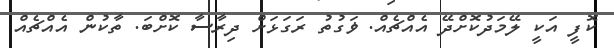
ކޮފީ އަކީ ލޭމަދުކޮށްދޭ އެއްޗެއް. ޥަގުތު ރަގަޅަށް ދިރާސާ ކޮށްބަ. ތާކުން އެއްޗެއް